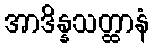
အာဒိန္နသတ္ထာနံ